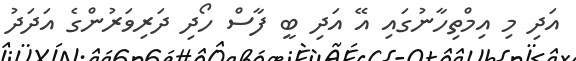
އަދި މި އިމްތިހާނުގައި އޭ އަދި ބީ ފާސް ހޯދި ދަރިވަރުންގެ އަދަދު